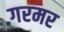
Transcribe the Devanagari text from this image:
गरमर